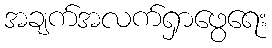
အချက်အလက်ရှာဖွေရေး